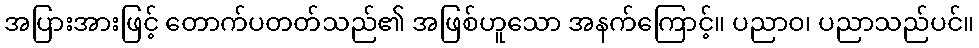
အပြားအားဖြင့် တောက်ပတတ်သည်၏ အဖြစ်ဟူသော အနက်ကြောင့်။ ပညာဝ၊ ပညာသည်ပင်။